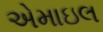
એમાઇલ